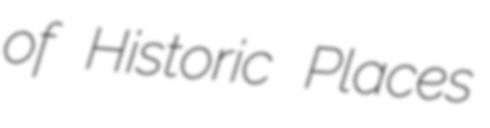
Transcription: of Historic Places